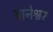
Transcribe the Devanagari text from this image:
बानेश्वर